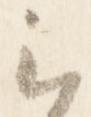
云